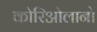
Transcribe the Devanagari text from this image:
कोरिओलानो